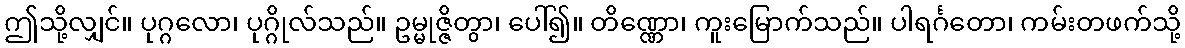
ဤသို့လျှင်။ ပုဂ္ဂလော၊ ပုဂ္ဂိုလ်သည်။ ဥမ္မုဇ္ဇိတွာ၊ ပေါ်၍။ တိဏ္ဏော၊ ကူးမြောက်သည်။ ပါရင်္ဂတော၊ ကမ်းတဖက်သို့